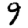
Digit: 9